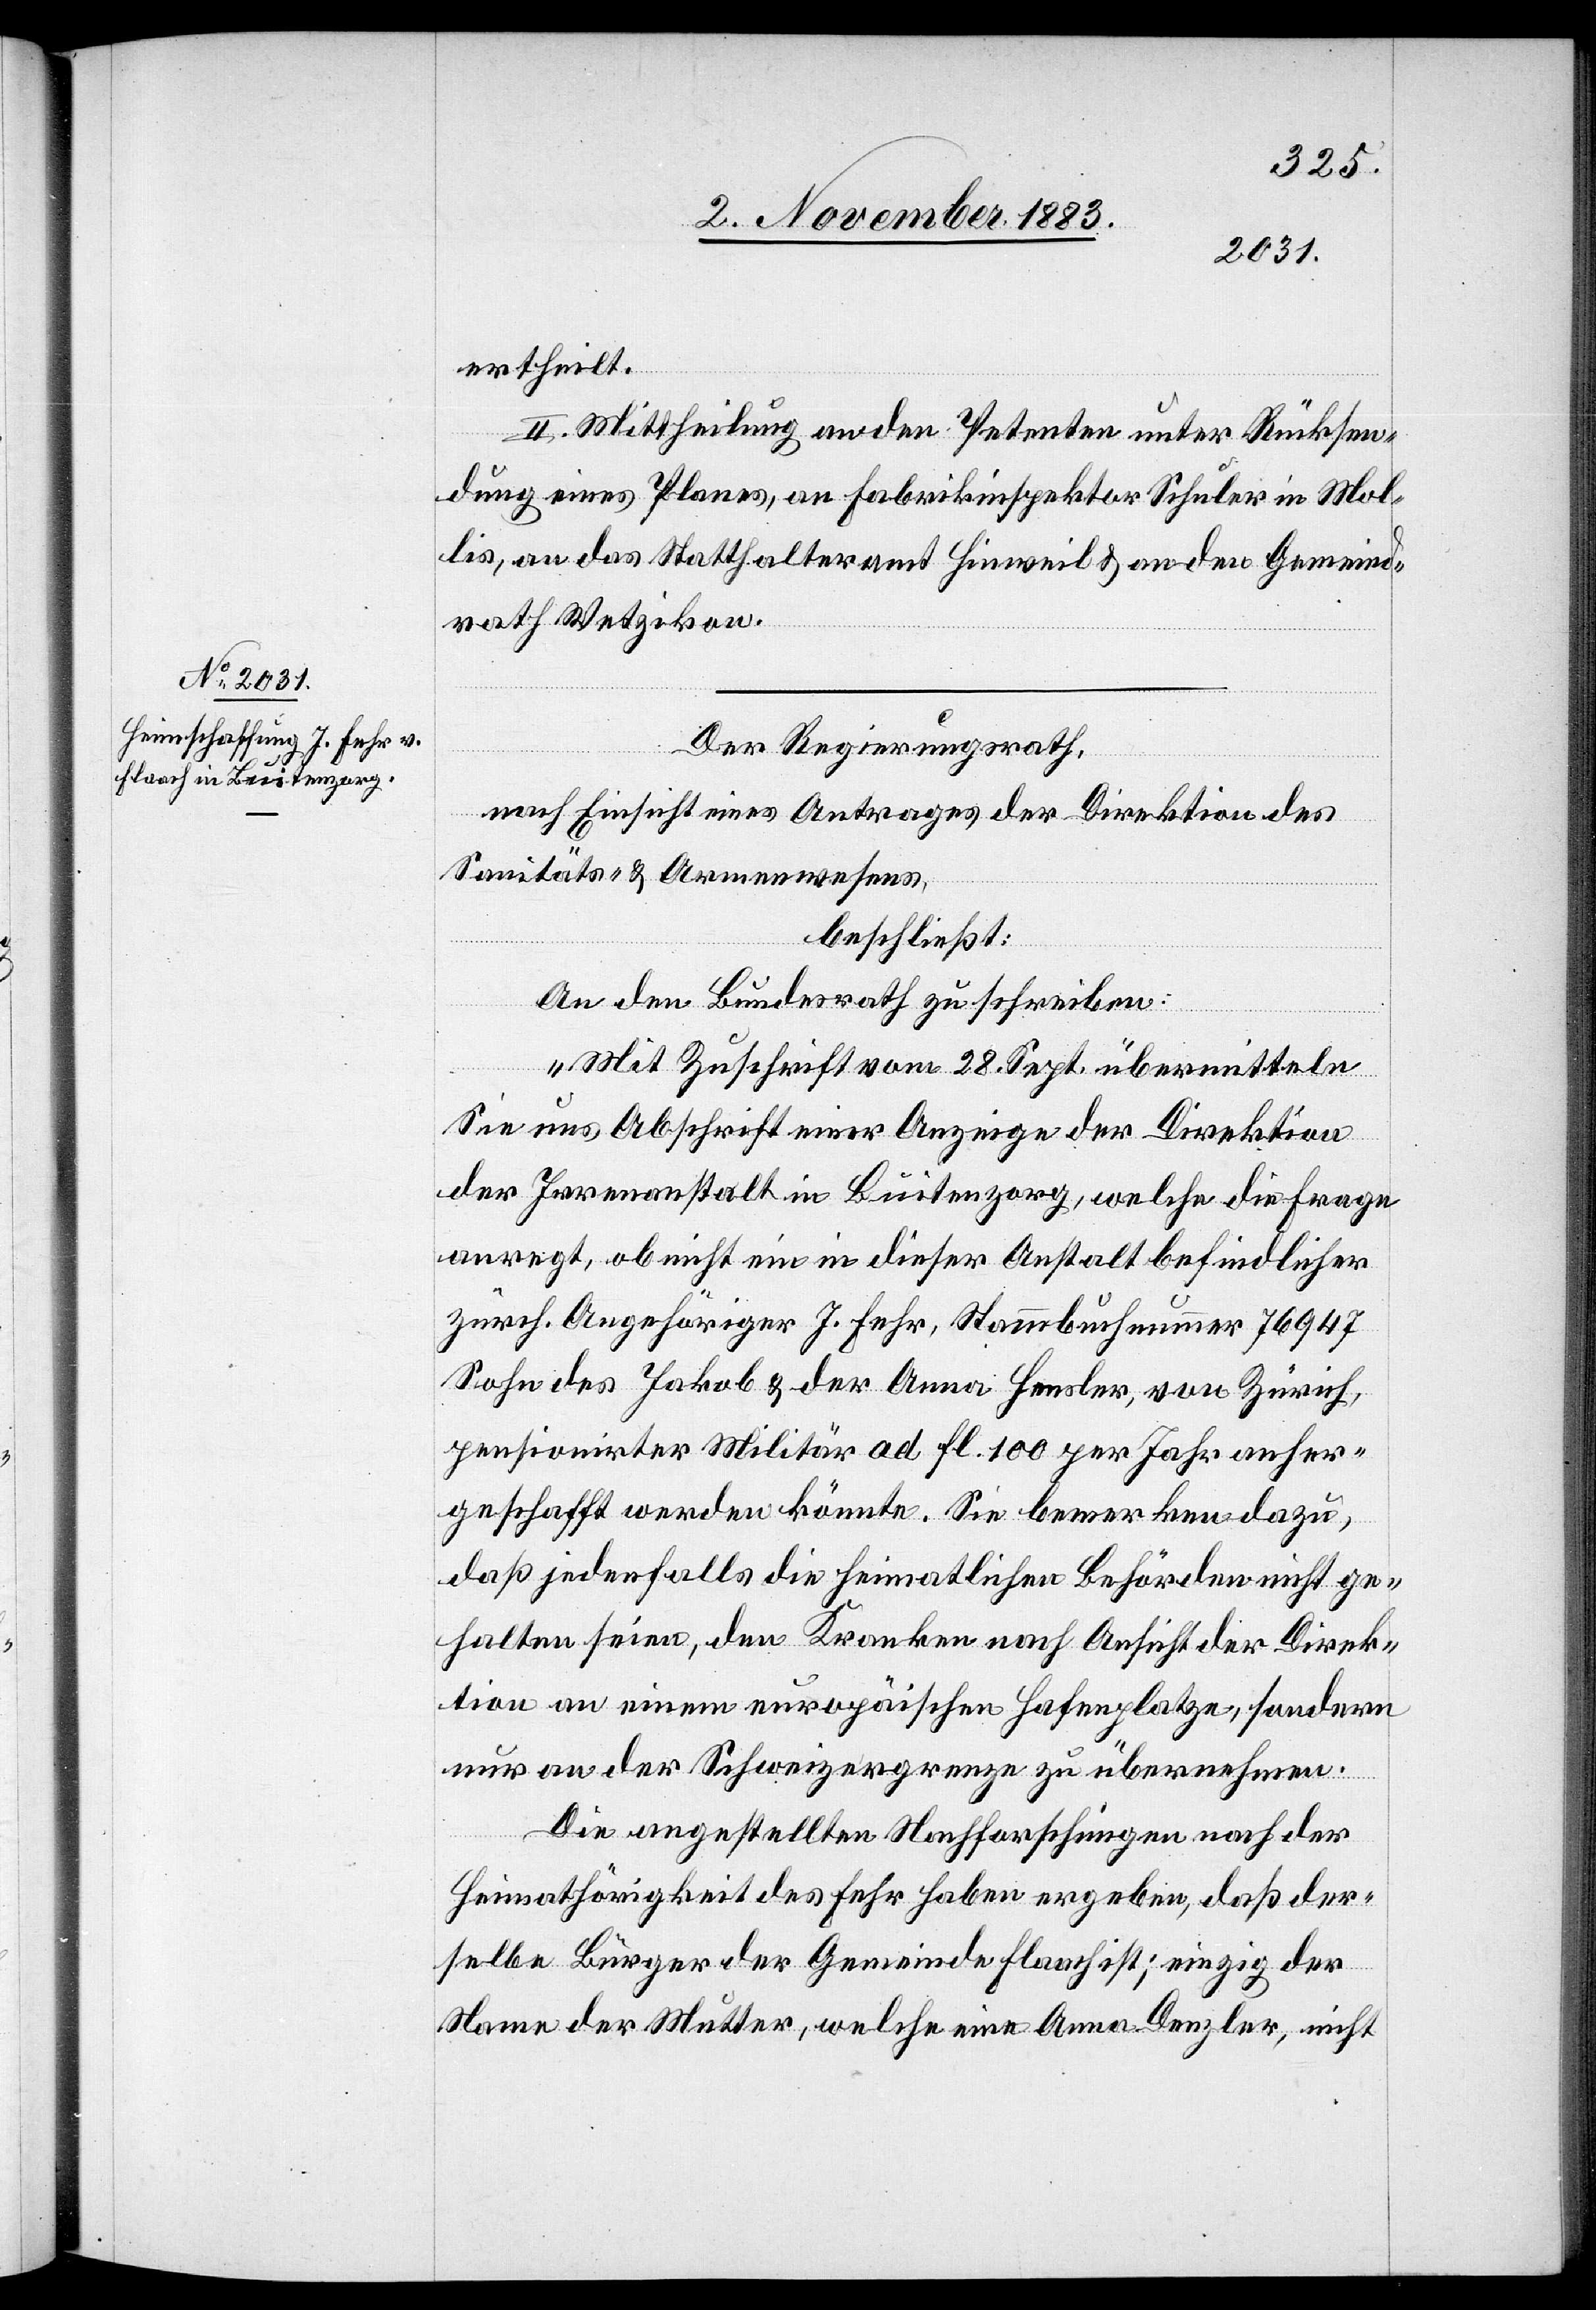
ertheilt.
II. Mittheilung an den Petenten unter Rücksen¬
dung eines Planes, an Fabrikinspektor Schuler in Mol¬
lis, an das Statthalteramt Hinweil & an den Gemeind¬
rath Wetzikon.
Der Regierungsrath,
nach Einsicht eines Antrages der Direktion des
Sanitäts- & Armenwesens,
beschließt:
An den Bundesrath zu schreiben:
„Mit Zuschrift vom 28. Sept. übermitteln
sie uns Abschrift einer Anzeige der Direktion
der Irrenanstalt in Buitenzorg, welche die Frage
anregt, ob nicht ein in dieser Anstalt befindlicher
zürch. Angehöriger J. Fehr, Stammbuchnummer 76947
Sohn des Jakob & der Anna Hensler von Zürich,
pensionirter Militär ad fl. 100 per Jahr anher¬
geschafft werden könnte. Sie bemerken dazu,
daß jedenfalls die heimatlichen Behörden nicht ge¬
halten seien, den Kranken nach Ansicht der Direk¬
tion an einem europäischen Hafenplatze, sondern
nur an der Schweizergrenze zu übernehmen.
Die angestellten Nachforschungen nach der
Heimathörigkeit des Fehr haben ergeben, daß der¬
selbe Bürger der Gemeinde Flaach ist; einzig der
Name der Mutter, welche eine Anna Denzler, nicht